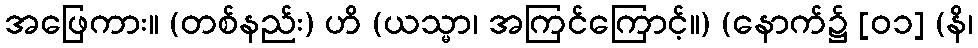
အဖြေကား။ (တစ်နည်း) ဟိ (ယသ္မာ၊ အကြင်ကြောင့်။) (နောက်၌ [၀၁] (နိ၊